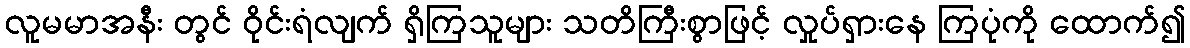
လူမမာအနီး တွင် ဝိုင်းရံလျက် ရှိကြသူများ သတိကြီးစွာဖြင့် လှုပ်ရှားနေ ကြပုံကို ထောက်၍